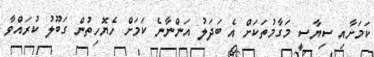
ކަމަށާއި ސިޔާސީ މަގާމުތަކަށް އެ ބަދަލު އަންނާނެ ކަމަށް ހެޔޮހިތުން ގަބޫލު ކުރައްވާ